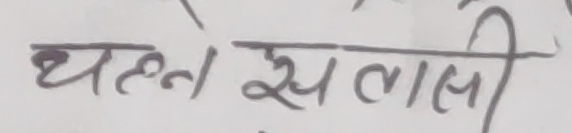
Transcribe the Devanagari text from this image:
धल्ने स वाली